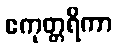
ဧကုတ္တရိကာ